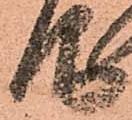
仰